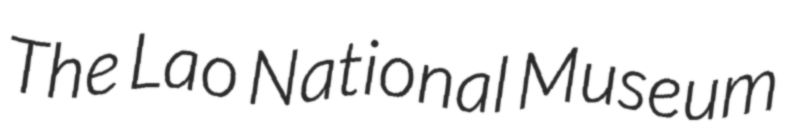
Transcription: The Lao National Museum